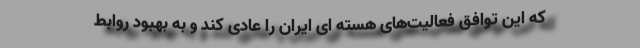
که این توافق فعالیت‌های هسته ای ایران را عادی کند و به بهبود روابط